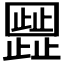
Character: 𬆐